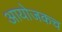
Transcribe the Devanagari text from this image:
आयोजकच